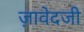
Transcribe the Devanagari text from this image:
ज़ावेदजी